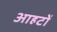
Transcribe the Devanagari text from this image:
आहटों